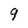
Character: 9